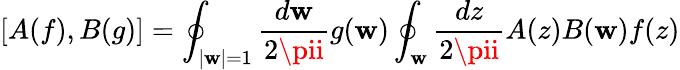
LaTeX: [A(f),B(g)]=\oint_{|\mathbf{w}|=1}\frac{{d\mathbf{w}}}{{2\pii}}g(\mathbf{w})\oint_{\mathbf{w}}\frac{{dz}}{{2\pii}}A(z)B(\mathbf{w})f(z)